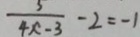
\frac { 3 } { 4 x - 3 } - 2 = - 1